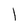
Character: 1